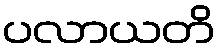
ပလာယတိ